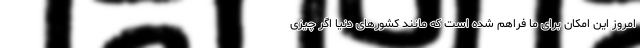
امروز این امکان برای ما فراهم شده است که مانند کشورهای دنیا اگر چیزی